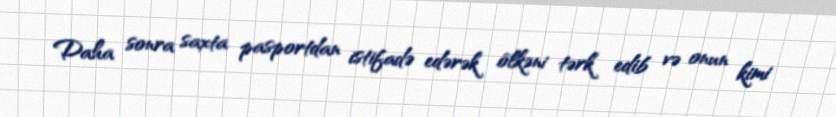
Daha sonra saxta pasportdan istifadə edərək ölkəni tərk edib və onun kimi